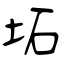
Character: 坧